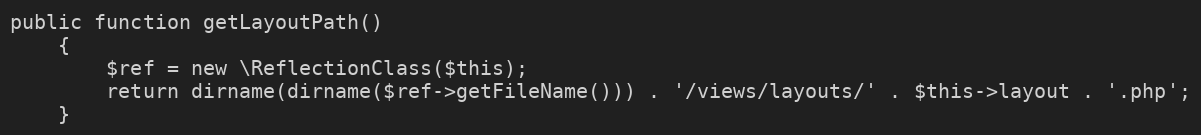
Language: PHP
public function getLayoutPath()
    {
        $ref = new \ReflectionClass($this);
        return dirname(dirname($ref->getFileName())) . '/views/layouts/' . $this->layout . '.php';
    }